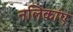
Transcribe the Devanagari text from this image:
नलिकांए